Vaccination in Bombay 1924-1928 - 1924-1928
Year: 1924
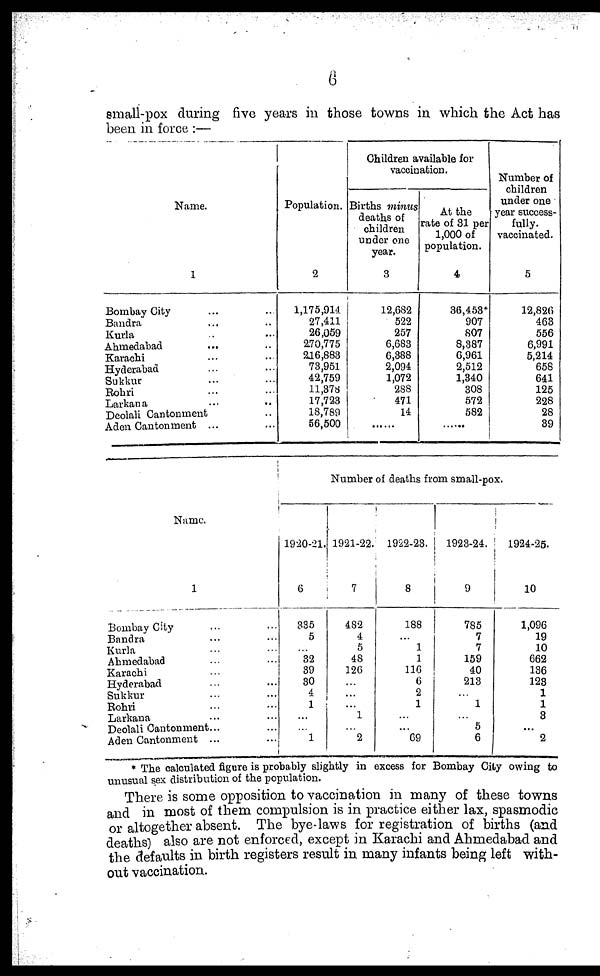
6
small-pox during five years in those towns in which the Act has
been in force :—
Name.
1
Bombay City ... ...
Bandra ... ...
Kurla ... ...
Ahmedabad ... ...
Karachi ... ...
Hyderabad ... ...
Sukkur ... ...
Rohri ... ...
Larkana
...
...
Deolali Cantonment ...
Aden Cantonment ...
Population.
2
1,175,914
27,411
26,059
270,775
216,883
73,951
42,759
11,378
17,723
18,789
56,500
Children available for
vaccination.
Births minus
deaths of
children
under one
year.
3
12,682
522
257
6,683
6,388
2,094
1,072
288
471
14
......
At the
rate of 31 per
1,000 of
population.
4
36,453*
907
807
8,387
6,961
2,512
1,340
308
572
582
......
Number of
children
under one
year success-
fully.
vaccinated.
5
12,826
463
556
6,991
5,214
658
641
125
228
28
39
Name.
1
Bombay City ... ...
Bandra ... ...
Kurla ... ...
Ahmedabad ... ...
Karachi ... ...
Hyderabad ... ...
Sukkur ... ...
Rohri ... ...
Larkana ... ...
Deolali Cantonment.
Aden Cantonment ...
Number of deaths from small-pox.
1920-21.
6
335
5
...
32
39
30
4
1
...
...
1
1921-22.
7
482
4
5
48
126
...
...
...
1
...
2
1922-23.
8
188
... 1
1
116
6
2
1
...
...
69
1923-24.
9
785
7
7
159
40
213
...
1
...
5
6
1924-25.
10
1,096
19
10
662
136
123
1
1
3
...
2
* The calculated figure is probably slightly in excess for Bombay City owing to
unusual sex distribution of the population.
There is some opposition to vaccination in many of these towns
and in most of them compulsion is in practice either lax, spasmodic
or altogether absent. The bye-laws for registration of births (and
deaths) also are not enforced, except in Karachi and Ahmedabad and
the defaults in birth registers result in many infants being left with-
out vaccination.